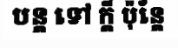
បន្ត ទៅ ក្តី ប៉ុន្តែ